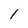
Character: 1